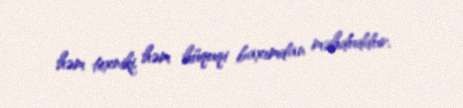
həm texniki, həm hüquqi baxımdan məhduddur.